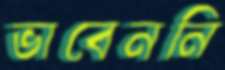
ভাবেননি